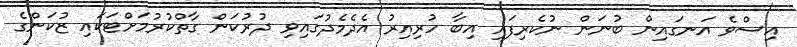
އިސްވެ އަނގައިން ބުނަން ނުކެރިފައި އިބާ ހުރިއިރު އެދެމެދުގައިވި ދުރުކަން ގާތްކުރުމަށްޓަކައި ޒުކަންގެ